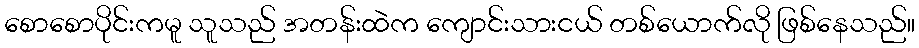
စောစောပိုင်းကမူ သူသည် အတန်းထဲက ကျောင်းသားငယ် တစ်ယောက်လို ဖြစ်နေသည်။